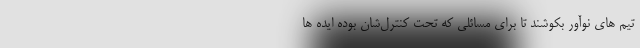
تیم ­های نوآور بکوشند تا برای مسائلی که تحت کنترل­شان بوده ایده ­ها